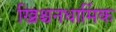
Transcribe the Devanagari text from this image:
ख्रिश्चनधार्मिक